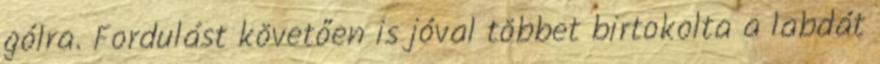
gólra. Fordulást követően is jóval többet birtokolta a labdát